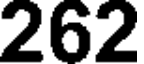
262